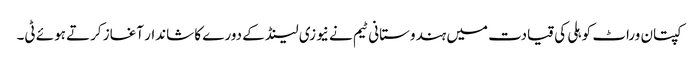
کپتان وراٹ کوہلی کی قیادت میں ہندوستانی ٹیم نے نیوزی لینڈ کے دورے کا شاندار آغاز کرتے ہوئے ٹی۔